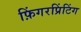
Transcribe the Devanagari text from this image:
फ़िंगरप्रिंटिंग